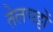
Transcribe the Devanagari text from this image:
तेलचट्टों